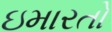
ઇમારતો